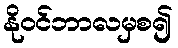
နိုဝင်ဘာလမှစ၍